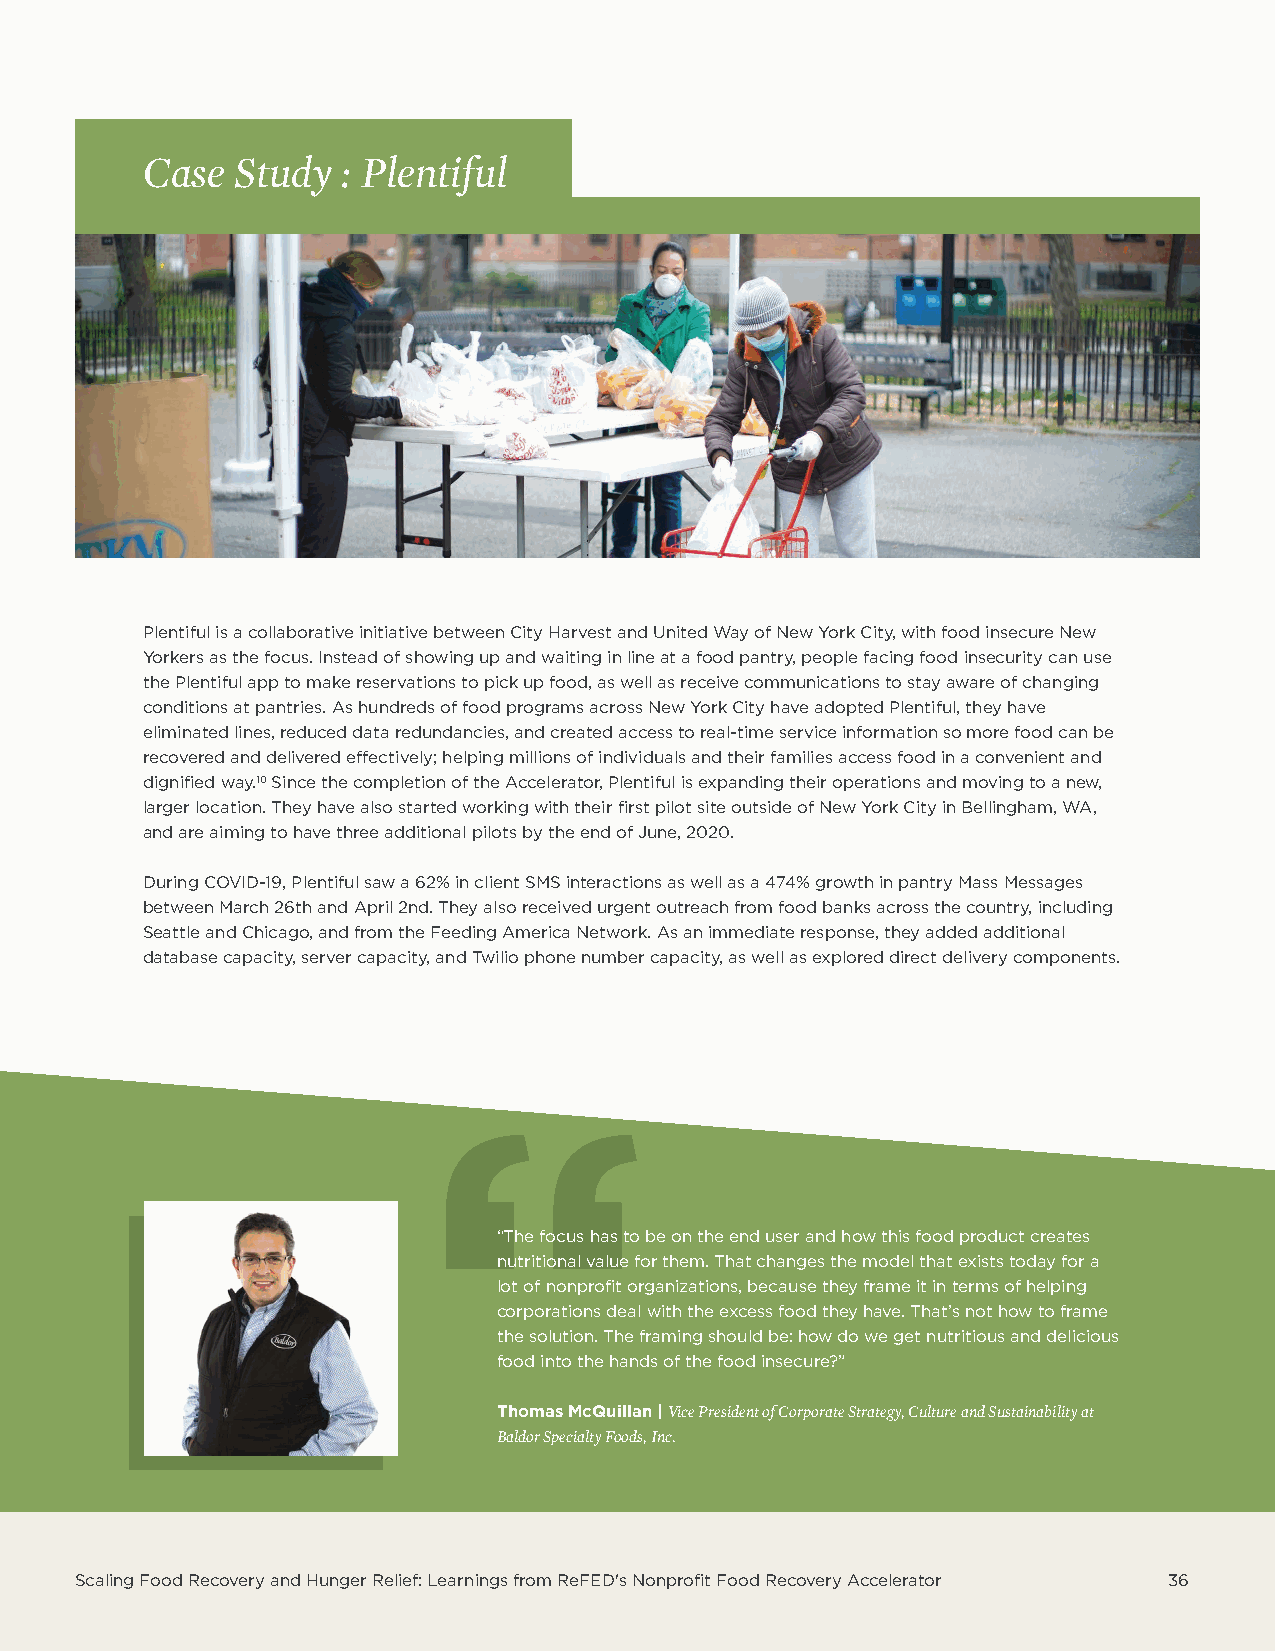
Case  Study   : Plentiful
 Plentiful is a collaborative initiative between City Harvest and United Way of New York City, with food insecure New
 Yorkers as the focus. Instead of showing up and waiting in line at a food pantry, people facing food insecurity can use
 the Plentiful app to make reservations to pick up food, as well as receive communications to stay aware of changing
 conditions at pantries. As hundreds of food programs across New York City have adopted Plentiful, they have
 eliminated lines, reduced data redundancies, and created access to real-time service information so more food can be
 recovered and delivered effectively; helping millions of individuals and their families access food in a convenient and
 dignified way.10 Since the completion of the Accelerator, Plentiful is expanding their operations and moving to a new,
 larger location. They have also started working with their first pilot site outside of New York City in Bellingham, WA,
 and are aiming to have three additional pilots by the end of June, 2020.
 During COVID-19, Plentiful saw a 62% in client SMS interactions as well as a 474% growth in pantry Mass Messages
 between March 26th and April 2nd. They also received urgent outreach from food banks across the country, including
 Seattle and Chicago, and from the Feeding America Network. As an immediate response, they added additional
 database capacity, server capacity, and Twilio phone number capacity, as well as explored direct delivery components.
 “The focus has to be on the end user and how this food product creates
 nutritional value for them. That changes the model that exists today for a
 lot of nonprofit organizations, because they frame it in terms of helping
 corporations deal with the excess food they have. That’s not how to frame
 the solution. The framing should be: how do we get nutritious and delicious
 food into the hands of the food insecure?”
 Thomas McQuillan | Vice President of Corporate Strategy, Culture and Sustainability at
 Baldor Specialty Foods, Inc.
 Scaling Food Recovery and Hunger Relief: Learnings from ReFED's Nonprofit Food Recovery Accelerator 36